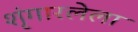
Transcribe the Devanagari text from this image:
शृंगारलेला